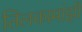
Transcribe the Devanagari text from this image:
तिलकामांझी